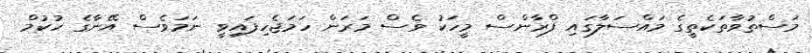
މަސްތުވާތަކެތީގެ މައްސަލާގައި ފްރާންސް މީހަކު ވެސް މަރަން ހަމަޖެހިފައިވީ ނަމަވެސް އޭނާގެ ހުކުމް